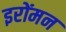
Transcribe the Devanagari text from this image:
इरोंमन